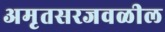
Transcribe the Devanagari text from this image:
अमृतसरजवळील